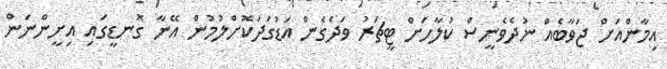
އިމާންއަށް ޖަވާބެއް ނުދެވެނީސް ކުލާހަށް ޓީޗަރު ވަދެގެން އަޑުގަދަކޮށްލުމުން އޭނާ ގޮނޑީގައި އިށީންނަން